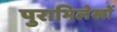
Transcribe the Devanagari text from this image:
पुराभिलेखों